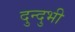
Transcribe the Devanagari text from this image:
दुन्दुभी